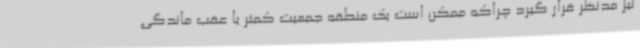
نیز مدنظر قرار گیرد چراکه ممکن است یک منطقه جمعیت کمتر یا عقب ماندگی